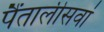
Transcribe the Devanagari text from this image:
पैंतालीसवां